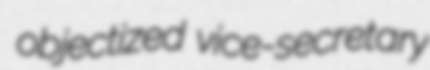
objectized vice-secretary